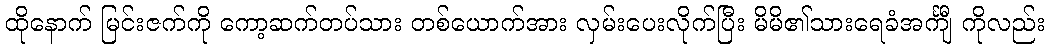
ထိုနောက် မြင်းဇက်ကို ကော့ဆက်တပ်သား တစ်ယောက်အား လှမ်းပေးလိုက်ပြီး မိမိ၏သားရေခံအင်္ကျီ ကိုလည်း